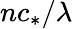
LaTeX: nc_{*}/\lambda